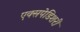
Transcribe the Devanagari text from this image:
एक्सपेडिशरी